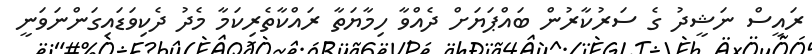
ރައީސް ނަޝީދު ގެ ސަރުކާރުން ބައްޕަޔަށް ދެއްވާ ހިމާޔަތާ ރައްކާތެރިކަމާ މެދު ދެކިވަޑައިގަންނަވަނީ